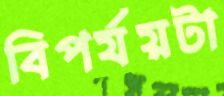
বিপর্যয়টা